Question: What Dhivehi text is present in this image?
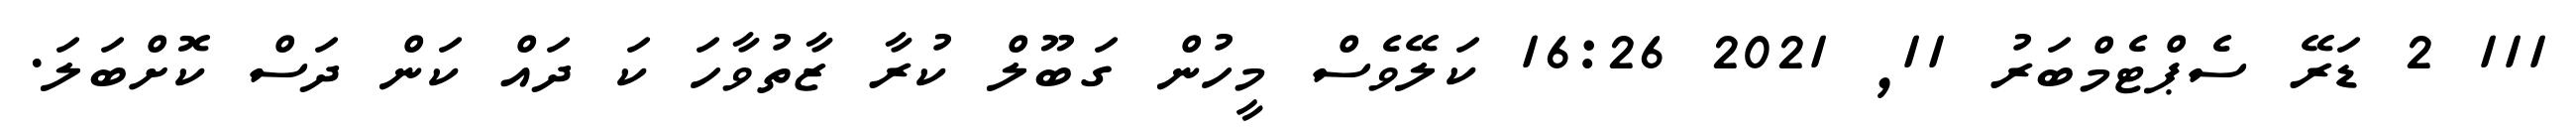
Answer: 111 2 ޑަރޭ ސެޕްޓެމްބަރު 11, 2021 16:26 ކަލޭވެސް މީހުން ގަބޫލް ކުރާ ޒާތުވާހަ ކަ ދައް ކަން ދަސް ކޮށްބަލަ.